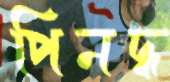
পিনদ্ধ